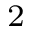
_ 2